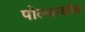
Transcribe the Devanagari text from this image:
पोल्याकोव